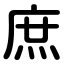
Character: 庶